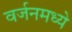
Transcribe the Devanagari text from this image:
वर्जनमध्ये